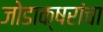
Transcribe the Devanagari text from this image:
जोडाक्षरांचा